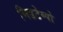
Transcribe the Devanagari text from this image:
मिडटेम्पो